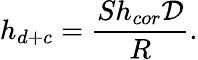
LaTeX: h_{d+c}=\frac{Sh_{cor}\mathcal{D}}{R}.